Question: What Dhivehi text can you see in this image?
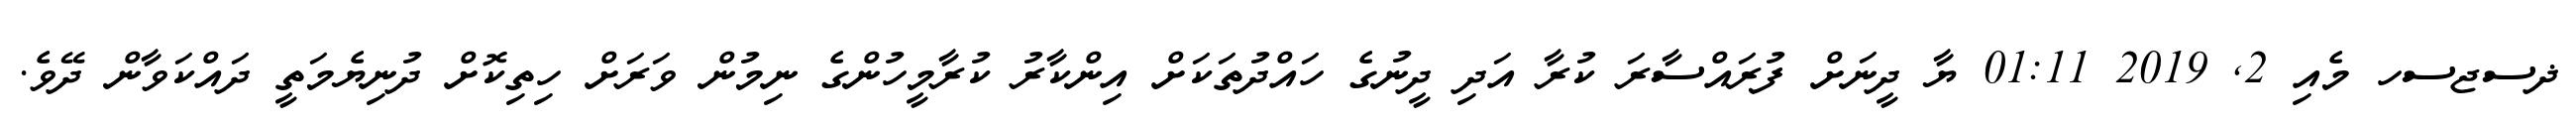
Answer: ޛސޖސހ މެއި 2, 2019 01:11 ޔާ ދީނަށް ފުރައްސާރަ ކުރާ އަދި ދީނުގެ ހައްދުތަކަށް އިންކާރު ކުރާމީހުންގެ ނިމުން ވަރަށް ހިތިކޮށް ދުނިޔެމަތީ ދައްކަވާން ދޭވެ.